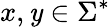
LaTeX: x,\mathit{y}\in\Sigma^{*}